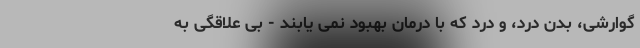
گوارشی، بدن درد، و درد که با درمان بهبود نمی یابند - بی علاقگی به